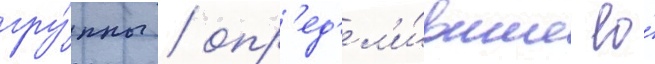
гру́ппы / опр'ед'ел'и́вшие ео́